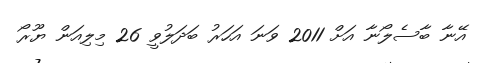
އޭނާ ބާސެލޯނާ އަށް 2011 ވަނަ އަހަރު ބަދަލުވީ 26 މިލިއަން ޔޫރޯ